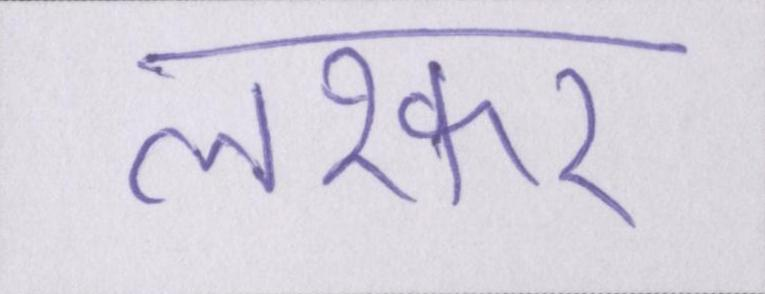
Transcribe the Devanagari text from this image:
लश्कर